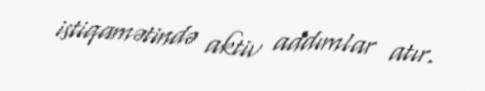
istiqamətində aktiv addımlar atır.